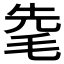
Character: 𣭟